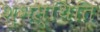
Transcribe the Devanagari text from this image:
शुभस्थिति